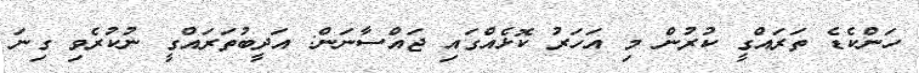
ހަންކެޑެ ތަރައްގީ ކުރުން މި އަހަރު ކޮޅެއްގައި ޖައްސާނަން: އަދީބުތަރައްގީ ނުުކުރެވި ގިނަ